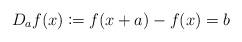
LaTeX: \begin{align*}D_{a}f(x) \coloneqq f (x + a) - f (x) = b\end{align*}